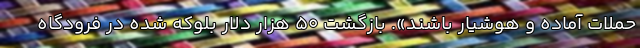
حملات آماده و هوشیار باشند». بازگشت 50 هزار دلار بلوکه شده در فرودگاه